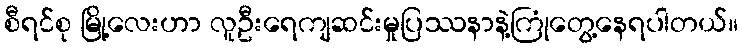
စီရင်စု မြို့လေးဟာ လူဦးရေကျဆင်းမှုပြဿနာနဲ့ကြုံတွေ့နေရပါတယ်။